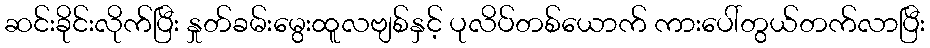
ဆင်းခိုင်းလိုက်ပြီး နှုတ်ခမ်းမွေးထူလဗျစ်နှင့် ပုလိပ်တစ်ယောက် ကားပေါ်တွယ်တက်လာပြီး